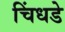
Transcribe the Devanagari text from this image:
चिंधडे